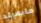
مايفيلد